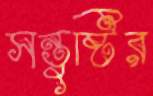
সন্তুষ্টির